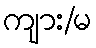
ကျား/မ